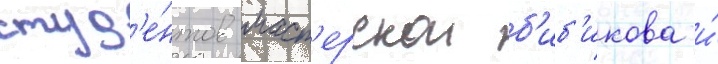
студ'е́нтов маст'ерскои б'иб'икова и́